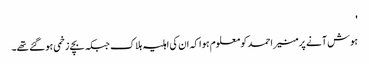
'
ہوش آنے پر منیر احمد کو معلوم ہوا کہ ان کی اہلیہ ہلاک جبکہ بچے زخمی ہو گئے تھے۔